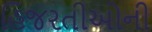
હિજરતીઓની